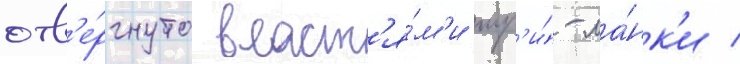
отв'е́ргнуто власт'я́м'и шр'и́-ла́нк'и /